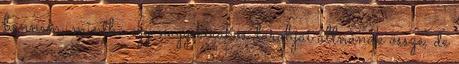
bennem, mintha egy nagy kirakós darabjai állnának össze, de